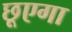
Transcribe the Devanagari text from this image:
छूएगा